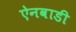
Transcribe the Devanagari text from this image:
ऐनवाडी